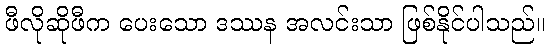
ဖီလိုဆိုဖီက ပေးသော ဒဿန အလင်းသာ ဖြစ်နိုင်ပါသည်။